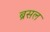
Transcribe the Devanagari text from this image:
ब्रसल